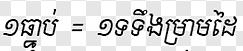
១ធ្នាប់ = ១ទទឹងម្រាមដៃ